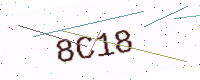
Text: 8C18